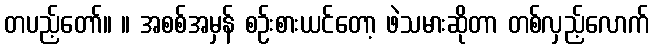
တပည့်တော်။ ။ အစစ်အမှန် စဉ်းစားယင်တော့ ဖဲသမားဆိုတာ တစ်လှည့်လောက်